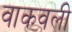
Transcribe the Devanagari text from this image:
वाकवली